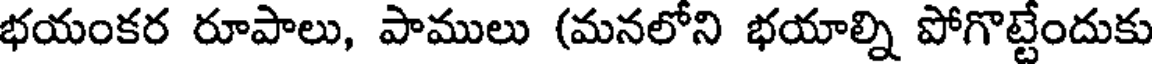
భయంకర రూపాలు, పాములు (మనలోని భయాల్ని పోగొట్టేందుకు